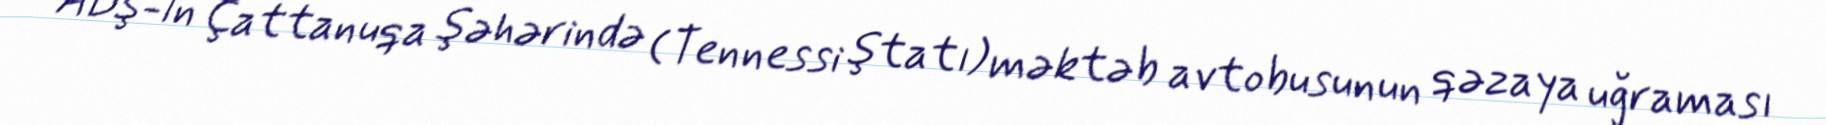
ABŞ-ın Çattanuqa şəhərində (Tennessi ştatı) məktəb avtobusunun qəzaya uğraması